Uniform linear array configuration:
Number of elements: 64
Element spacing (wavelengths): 0.75
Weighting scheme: binomial
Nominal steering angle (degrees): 15
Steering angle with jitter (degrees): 15.33
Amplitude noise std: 0.05
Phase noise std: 0.05

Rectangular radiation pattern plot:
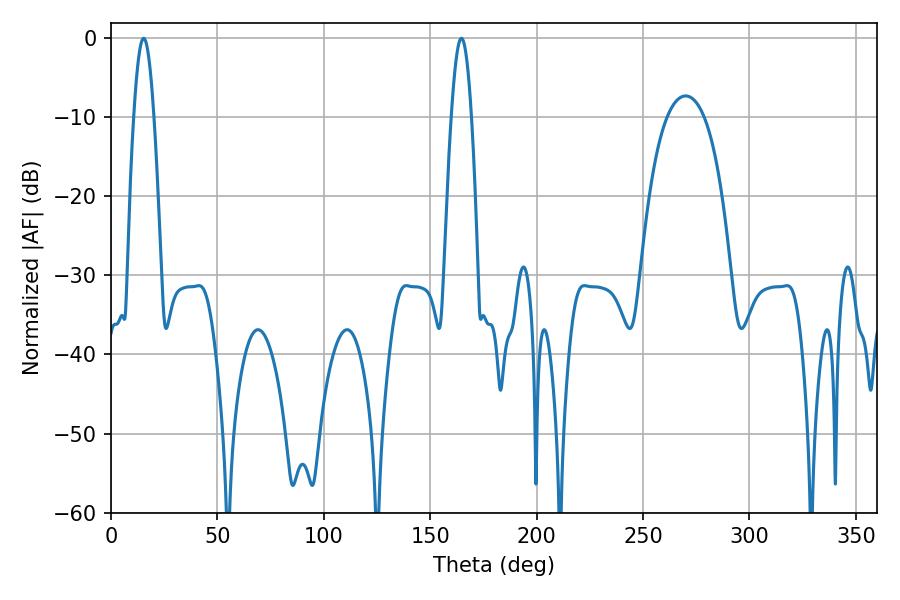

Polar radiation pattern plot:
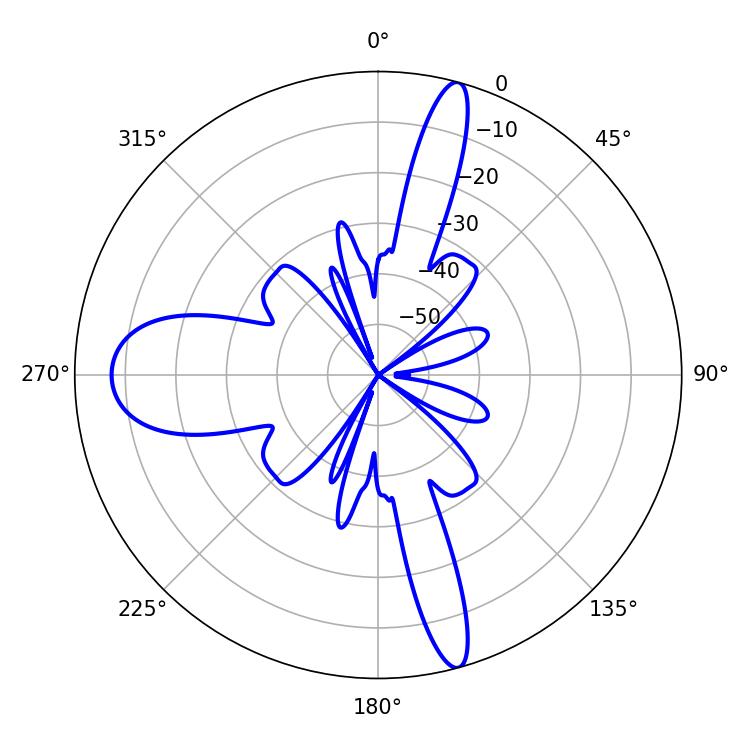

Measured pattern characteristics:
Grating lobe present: TRUE
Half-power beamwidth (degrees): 5.04
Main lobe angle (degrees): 15.3